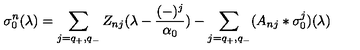
\sigma _ { 0 } ^ { n } ( \lambda ) = \sum _ { j = q _ { + } , q _ { - } } Z _ { n j } ( \lambda - { \frac { ( - ) ^ { j } } { \alpha _ { 0 } } } ) - \sum _ { j = q _ { + } , q _ { - } } ( A _ { n j } * \sigma _ { 0 } ^ { j } ) ( \lambda )